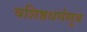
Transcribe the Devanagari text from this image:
वशिष्ठधर्मसूत्र